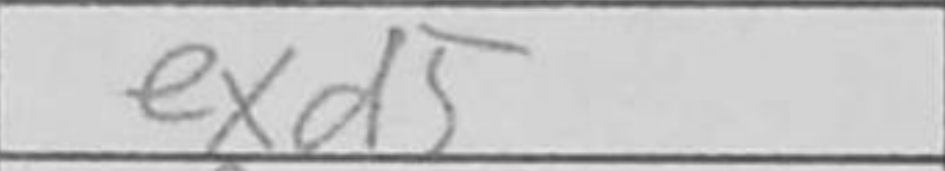
Transcription: exd5